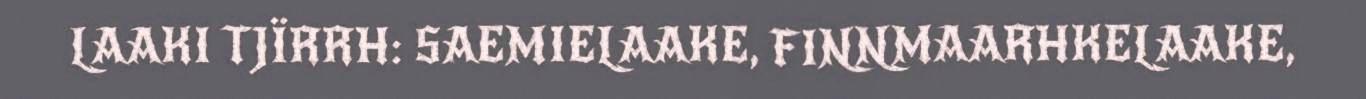
LAAKI TJÏRRH: SAEMIELAAKE, FINNMAARHKELAAKE,